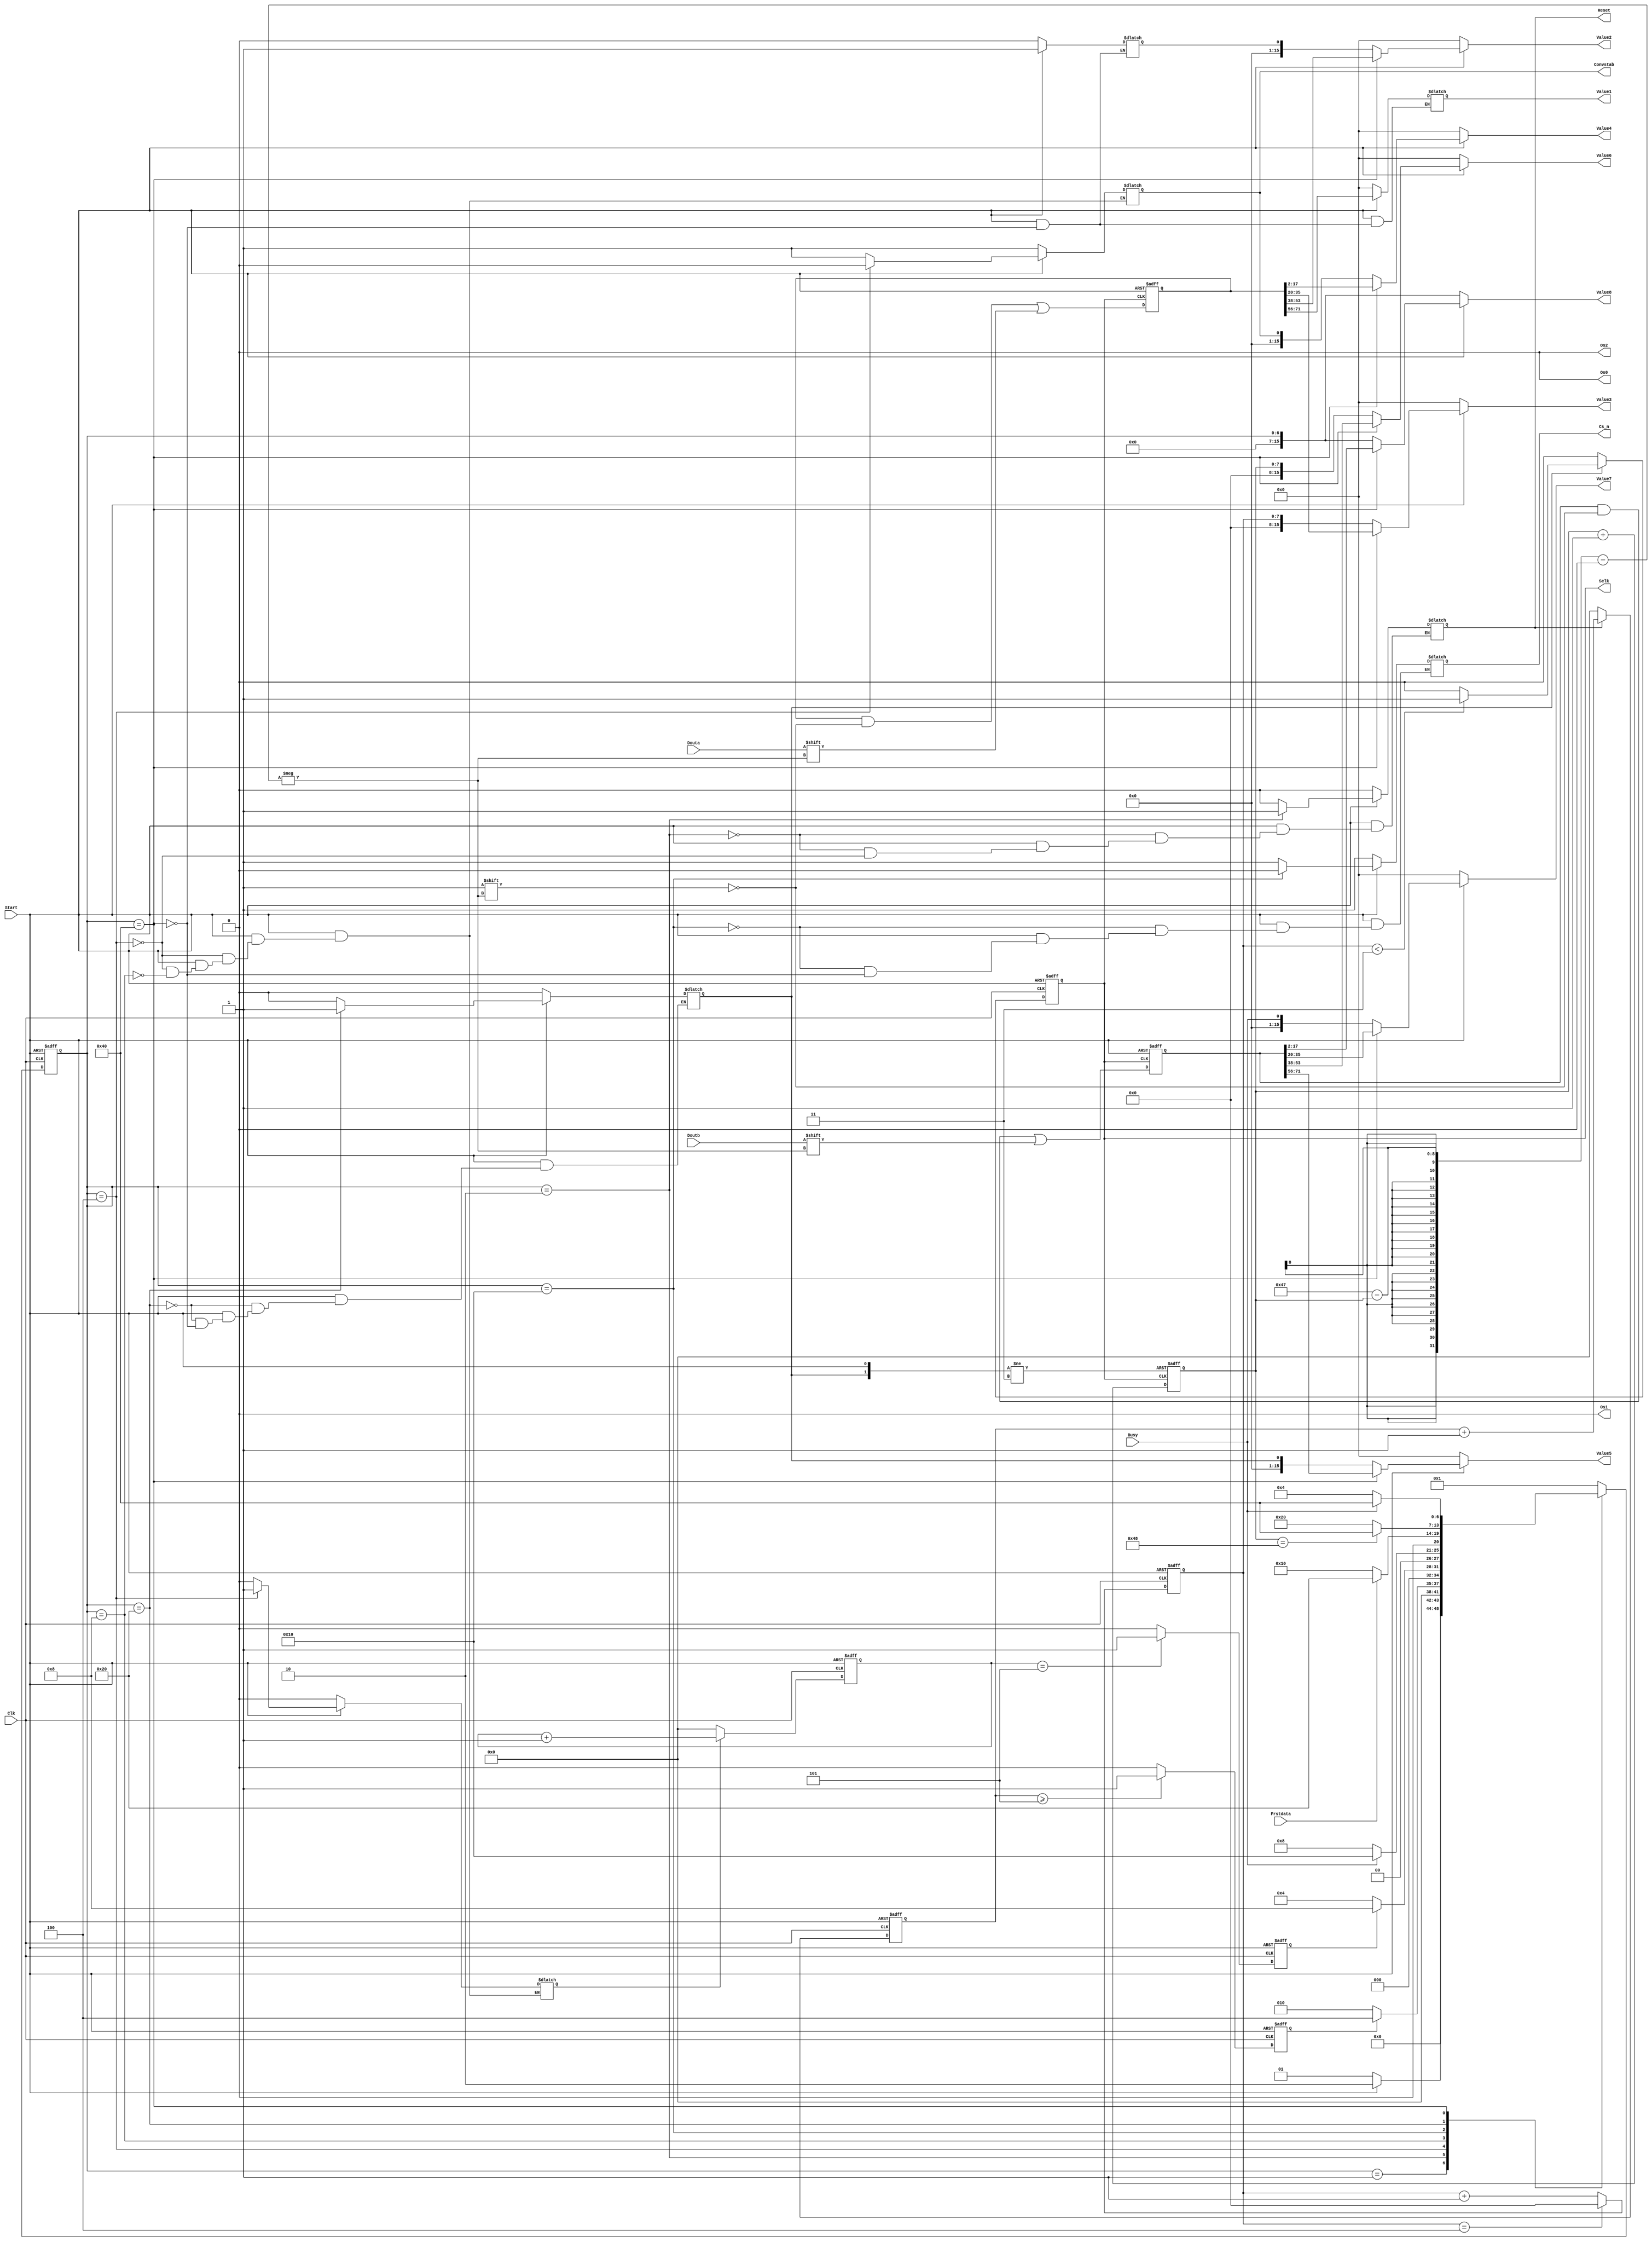
module AD7609_module(Start,Clk,Value1,Value2,Value3,Value4,Value5,Value6,Value7,Value8,
Convstab,Cs_n,Sclk,Reset,Os2,Os1,Os0,Busy,Douta,Doutb,Frstdata);
input Start,Clk,Busy,Douta,Doutb,Frstdata;
output reg Cs_n,Convstab,Sclk,Reset,Os2,Os1,Os0;
output reg[15:0] Value1,Value2,Value3,Value4,Value5,Value6,Value7,Value8;
 reg[7:0] Phase;
 reg[7:0] a_record,b_record;
 reg[7:0] sclk_current;
 reg[71:0] Aout,Bout;
//reg[71:0] Aout,Bout;
reg en_t1,en_t2,en_sclk,t1_full,t2_full,sclk_full;
reg [3:0] t1_cnt,t2_cnt;
reg [7:0] sclk_cnt;
//reg[7:0] sclk_current;
reg[7:0] state,nextstate;
reg onceOk;
//onceOk
always @(state or Start)
   if(!Start)
       onceOk<=1'b0;
    else if(state ==READ_END)
       onceOk<=1'b1;
    else
       onceOk<=onceOk;

//t1_cnt
always @(posedge Clk or negedge Start)
    if(!Start)
       t1_cnt<=4'd0;
     else if(en_t1)
        t1_cnt<=t1_cnt+1'b1;
     else
        t1_cnt<=4'd0;

//t1_full
always@(posedge Clk or negedge Start)
     if(!Start)
         t1_full<=1'b0;
     else if(t1_cnt >= 4'd5)
         t1_full<=1'b1;
     else
         t1_full<=1'b0;
//t2_cnt
always @(posedge Clk or negedge Start)
    if(!Start)
       t2_cnt<=4'd0;
     else if(en_t2)
        t2_cnt<=t2_cnt+1'b1;
     else
        t2_cnt<=4'd0;

//t2_full
always@(posedge Clk or negedge Start)
     if(!Start)
         t2_full<=1'b0;
     else if(t2_cnt == 4'd5)
         t2_full<=1'b1;
     else
         t2_full<=1'b0;

// sclk_cnt ---count up  to 9 --20Mhz
always @(posedge Clk or negedge Start)
  if(!Start)
     sclk_cnt<=8'd0;
  else if(sclk_cnt == 8'd4)
          sclk_cnt<=8'd0;
  else  sclk_cnt<=sclk_cnt+1'b1;

//Sclk
always @(posedge Clk or negedge Start)
   if(!Start)
       Sclk<=1'b0;
    else if(en_sclk==0)
        Sclk<=1'b0;
   else if(sclk_cnt < 8'd3)
       Sclk<=1'b1;
   else
       Sclk<=1'b0;

//sclk_current
always @(posedge Sclk or negedge Start or negedge en_sclk ) //soulution 1 add <negedge en_sclk>
   if(!Start)
       sclk_current<=8'b0;
    else if(en_sclk==0)
        sclk_current<=8'b0;
    else sclk_current<=sclk_current+1;

// Os0,Os1,Os2 
always @(posedge Clk or negedge Start)
   if(!Start)
       begin
       Os0<=1'b0;
       Os1<=1'b0;
       Os2<=1'b0;
       end
    else 
       begin
       Os0<=1'b0;
       Os1<=1'b0;
       Os2<=1'b0;
       end

// Aout Bout
//always @(posedge Sclk or negedge Start)
//    if(!Start)
//        begin
//        Aout<=72'b0;
//        Bout<=72'b0;
//        end
//     else begin
//        Aout[71-sclk_current]<=Douta;
//        Bout[71-sclk_current]<=Doutb;
//        a_record<=71-sclk_current;
//        b_record<=71-sclk_current;
//        end

//Aout Bout ---case 
always@(posedge Sclk or negedge Start)
     if(!Start)
         begin
         Aout<=72'b0;
         Bout<=72'b0;
         end
     else begin
          a_record<=71-sclk_current;
          b_record<=71-sclk_current; 
          case(sclk_current)
              sclk_current:begin
                          Aout[71-sclk_current]<=Douta;
                          Bout[71-sclk_current]<=Doutb;
                          end
     
              default:begin
                Aout<=Aout;
                Bout<=Bout;
                end 
       endcase    
          end
      
parameter IDLE=8'b0000_0001,RST_END=8'b0000_0010,CONVST_PR=8'b0000_0100,CONVST_ST=8'b0000_1000,READ_ST=8'b0001_0000,
          READ_PR=8'b0010_0000,READ_END=8'b0100_0000;








//initialize
initial
    begin
    Reset<=1'b0;
    Sclk<=1'b0;
    Convstab<=1'b1;
    Cs_n<=1'b1;
    Os2<=1'b0;
    Os1<=1'b0;
    Os0<=1'b0;
    Value1<=15'b0;
    Value2<=15'b0;
    Value3<=15'b0;
    Value4<=15'b0;
    Value5<=15'b0;
    Value6<=15'b0;
    Value7<=15'b0;
    Value8<=15'b0;
    Aout<=71'b0;
    Bout<=71'b0;
    en_t1<=1'b0;
    t1_cnt<=4'b0;
    t1_full<=1'b0;
    en_t2<=1'b0;
    t2_cnt<=4'b0;
    t2_full<=1'b0;    
    en_sclk<=1'b0;
    sclk_full<=1'b0;
    sclk_cnt<=8'b0;
    sclk_current<=8'b0;
    state<=IDLE;
    nextstate<=IDLE;
    end

// time-logic
always @(posedge Clk or negedge Start)
     if(!Start) state<=IDLE;
     else state<=nextstate;  
//combine-logic
always @(state or Start or Busy or Frstdata or (sclk_current==72) or t1_full or t2_full)
     case(state)
          IDLE:
               nextstate=(Start)?RST_END:IDLE;
          RST_END:
                nextstate=(t1_full)?CONVST_PR:RST_END;
          CONVST_PR:
                nextstate=(t2_full)?CONVST_ST:CONVST_PR;
          CONVST_ST:
                nextstate=(Busy)?READ_ST:CONVST_ST;
          READ_ST:
                nextstate=(Frstdata)?READ_PR:READ_ST;
          READ_PR:
                nextstate=(sclk_current==72)?READ_END:READ_PR;
          READ_END:
                nextstate=(!Busy)?CONVST_PR:READ_END;
          default:
                nextstate=IDLE;
     endcase
//output logic
//Reset
always @(state or  Start or t1_full)
    if(!Start) Reset =1'b0;
    else if((state ==RST_END))
        Reset=1'b1;
    else if((state==CONVST_PR))
        Reset=1'b0;
    else Reset=Reset;
//en_t1
always @(state or Start or t1_full)
    if(!Start) en_t1=1'b0;
//    else if((state==IDLE)&&(Start==1))   en_t1 =0,not step into CONVST_PR
//      en_t1=1'b1;
    else if(state == RST_END)   // add state == RST_END
      en_t1=1'b1;
    else if(state==CONVST_PR)
       en_t1=1'b0;
    else en_t1=en_t1;
//en_t2
always @(state or Start or t1_full or Busy)
    if(!Start) en_t2=1'b0;
    else if(state==CONVST_PR)
      en_t2=1'b1;
    else if(state==CONVST_ST)
       en_t2=1'b0;
    else en_t2=en_t2;
//Convstab all condition included state use or logic 
always @(state or  Start or t1_full or t2_full or Busy)
    if(!Start) Convstab=1'b1;
    else if(state ==CONVST_PR)  
//    else if((t1_full))
      Convstab=1'b0;
    else if(state ==CONVST_ST)
      Convstab=1'b1;
    else Convstab=Convstab;
//Convstb

//Cs_n
always @(state or Start or Busy or sclk_current)
    if(!Start) Cs_n=1'b1;
    else if(state==READ_ST)
      Cs_n=1'b0;
    else if(state==READ_END)
      Cs_n=1'b1;
    else Cs_n=Cs_n;
//en_sclk
always @(state or  Start or Frstdata or sclk_current)
    if(!Start) en_sclk=1'b0;
//    else if((state==READ_ST)&&(Frstdata))  add state ==READ_PR
   else if(state==READ_PR)
      en_sclk=1'b1;
    else if(state==READ_END)
      en_sclk=1'b0;
//    else if(state==CONVST_ST)  problem 1
//      sclk_current=8'b0;
    else en_sclk=en_sclk;
//Value1
always @( state or  Start)
    if(!Start) Value1=16'b0;
    else if((state==READ_END))
      Value1=Aout[71:56];
    else Value1=Value1;
//Value2
always @( state or  Start)
    if(!Start) Value2=16'b0;
    else if((state==READ_END))
      Value2=Aout[53:38];
    else Value2=onceOk;
//Value3
always @(state or Start)
    if(!Start) Value3=16'b0;
    else if((state==READ_END))
      Value3=Aout[35:20];
    else Value3=sclk_cnt;
//Value4
always @(state or Start)
    if(!Start) Value4=16'b0;
    else if((state==READ_END))
      Value4=Aout[17:2];
    else Value4=Convstab;
//Value5
always @(state or  Start)
    if(!Start) Value5=16'b0;
    else if((state==READ_END))
      Value5=Bout[71:56];
    else Value5=en_sclk;
//Value2
always @(state or  Start)
    if(!Start) Value6=16'b0;
    else if((state==READ_END))
      Value6=Bout[53:38];
    else Value6=sclk_current;
//Value3
always @(state or Start)
    if(!Start) Value7=16'b0;
    else if((state==READ_END))
      Value7=Bout[35:20];
    else Value7=Busy;
//Value4
always @(state or  Start)
    if(!Start) Value8=state;
    else if((state==READ_END))
      Value8=Bout[17:2];
    else Value8=state;

//Value4
always @(state or  Start)
    if(!Start) Phase=IDLE;
    else Phase =state;
endmodule